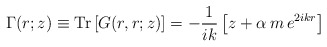
\begin{align*}\Gamma(r;z)\equiv {\rm Tr}\left[G(r,r;z)\right]= -\frac{1}{ik}\left[z+\alpha\, m\, e^{2ikr}\right]\end{align*}